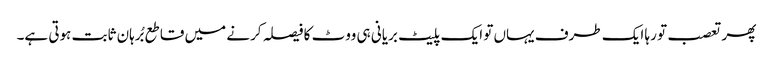
پھر تعصب تو رہا ایک طرف یہاں تو ایک پلیٹ بریانی ہی ووٹ کا فیصلہ کرنے میں قاطع بُرہان ثابت ہوتی ہے۔